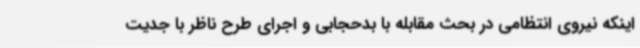
اینکه نیروی انتظامی در بحث مقابله با بدحجابی و اجرای طرح ناظر با جدیت